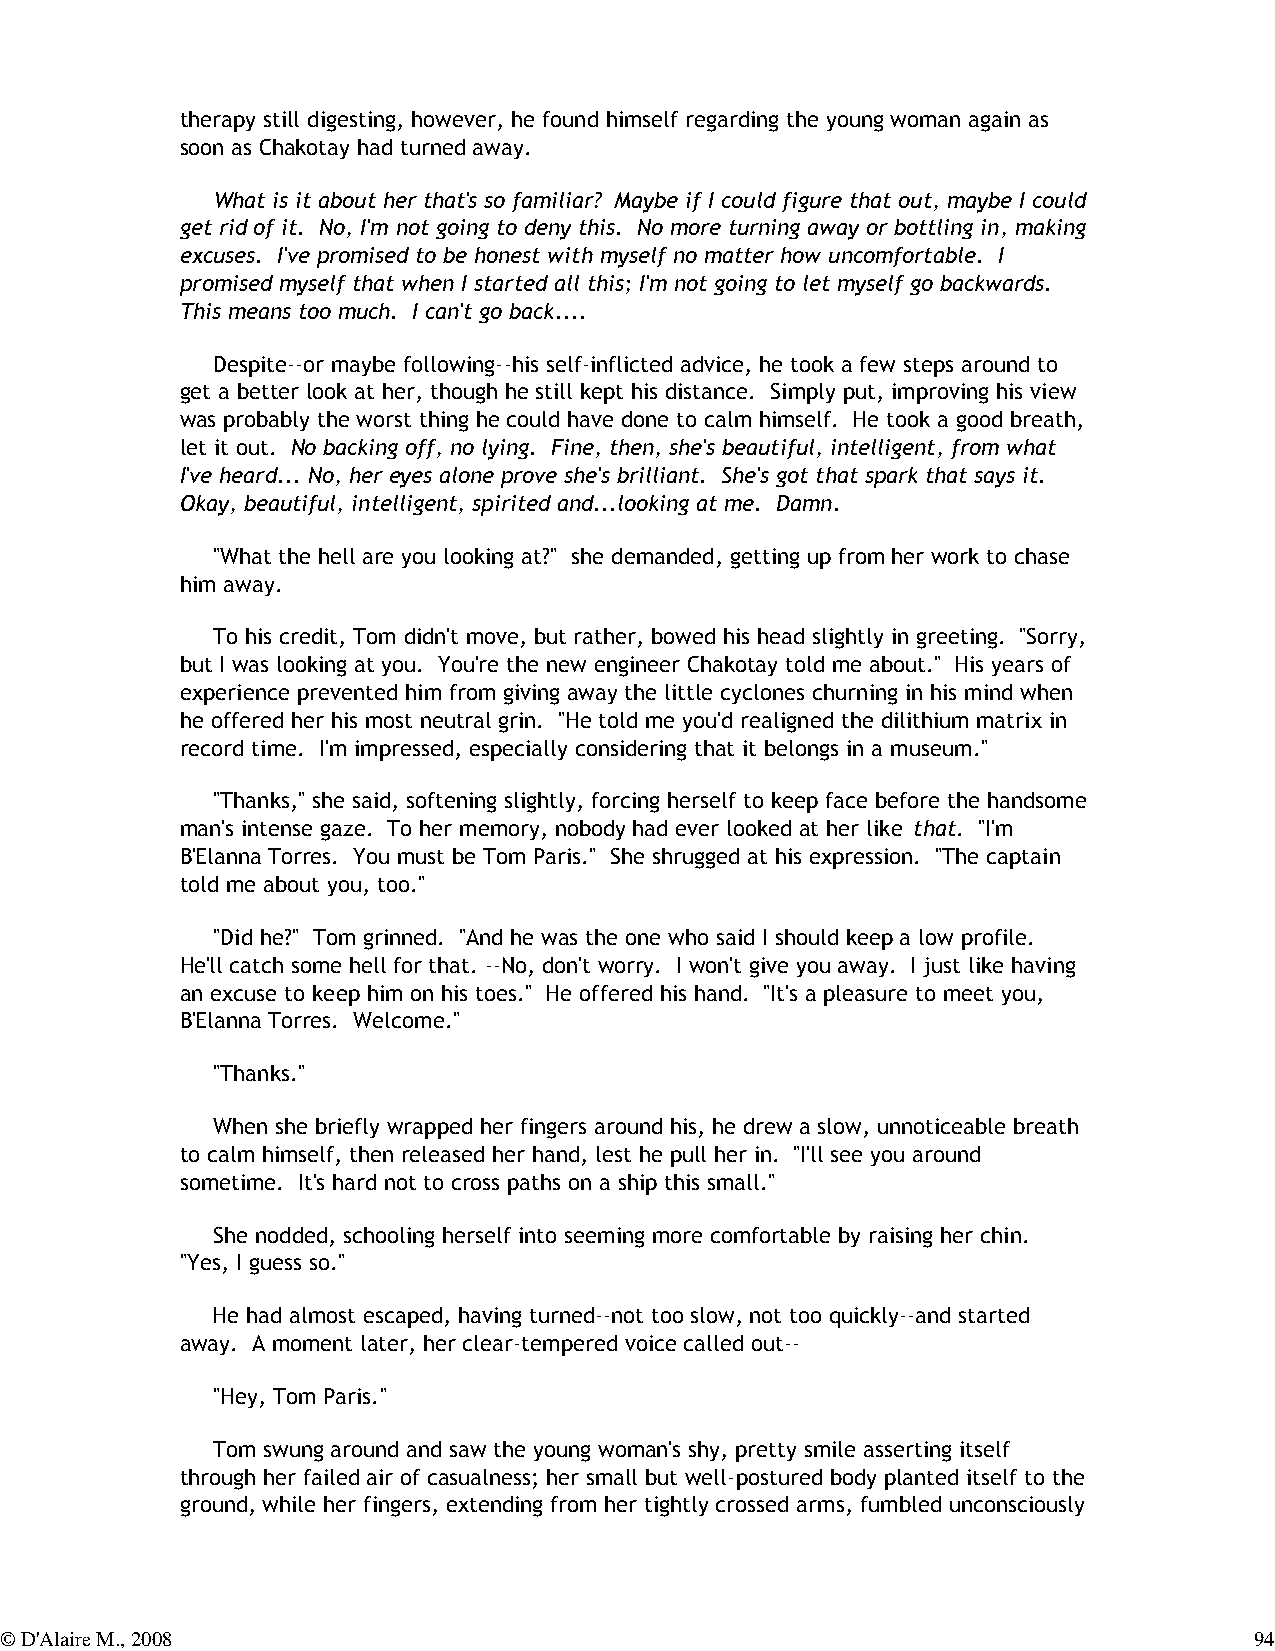
therapy still digesting, however, he found himself regarding the young woman again as
 soon as Chakotay had turned away.
 What is it about her that's so familiar? Maybe if I could figure that out, maybe I could
 get rid of it. No, I'm not going to deny this. No more turning away or bottling in, making
 excuses. I've promised to be honest with myself no matter how uncomfortable. I
 promised myself that when I started all this; I'm not going to let myself go backwards.
 This means too much. I can't go back....
 Despite--or maybe following--his self-inflicted advice, he took a few steps around to
 get a better look at her, though he still kept his distance. Simply put, improving his view
 was probably the worst thing he could have done to calm himself. He took a good breath,
 let it out. No backing off, no lying. Fine, then, she's beautiful, intelligent, from what
 I've heard... No, her eyes alone prove she's brilliant. She's got that spark that says it.
 Okay, beautiful, intelligent, spirited and...looking at me. Damn.
 "What the hell are you looking at?" she demanded, getting up from her work to chase
 him away.
 To his credit, Tom didn't move, but rather, bowed his head slightly in greeting. "Sorry,
 but I was looking at you. You're the new engineer Chakotay told me about." His years of
 experience prevented him from giving away the little cyclones churning in his mind when
 he offered her his most neutral grin. "He told me you'd realigned the dilithium matrix in
 record time. I'm impressed, especially considering that it belongs in a museum."
 "Thanks," she said, softening slightly, forcing herself to keep face before the handsome
 man's intense gaze. To her memory, nobody had ever looked at her like that. "I'm
 B'Elanna Torres. You must be Tom Paris." She shrugged at his expression. "The captain
 told me about you, too."
 "Did he?" Tom grinned. "And he was the one who said I should keep a low profile.
 He'll catch some hell for that. --No, don't worry. I won't give you away. I just like having
 an excuse to keep him on his toes." He offered his hand. "It's a pleasure to meet you,
 B'Elanna Torres. Welcome."
 "Thanks."
 When she briefly wrapped her fingers around his, he drew a slow, unnoticeable breath
 to calm himself, then released her hand, lest he pull her in. "I'll see you around
 sometime. It's hard not to cross paths on a ship this small."
 She nodded, schooling herself into seeming more comfortable by raising her chin.
 "Yes, I guess so."
 He had almost escaped, having turned--not too slow, not too quickly--and started
 away. A moment later, her clear-tempered voice called out--
 "Hey, Tom Paris."
 Tom swung around and saw the young woman's shy, pretty smile asserting itself
 through her failed air of casualness; her small but well-postured body planted itself to the
 ground, while her fingers, extending from her tightly crossed arms, fumbled unconsciously
 © D'Alaire M., 2008                                                                94